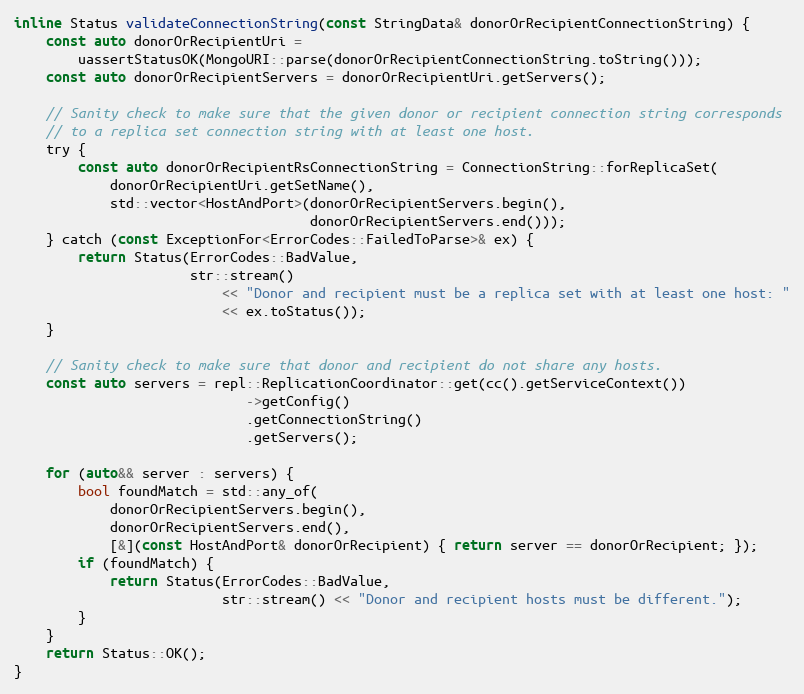
Language: C
inline Status validateConnectionString(const StringData& donorOrRecipientConnectionString) {
    const auto donorOrRecipientUri =
        uassertStatusOK(MongoURI::parse(donorOrRecipientConnectionString.toString()));
    const auto donorOrRecipientServers = donorOrRecipientUri.getServers();

    // Sanity check to make sure that the given donor or recipient connection string corresponds
    // to a replica set connection string with at least one host.
    try {
        const auto donorOrRecipientRsConnectionString = ConnectionString::forReplicaSet(
            donorOrRecipientUri.getSetName(),
            std::vector<HostAndPort>(donorOrRecipientServers.begin(),
                                     donorOrRecipientServers.end()));
    } catch (const ExceptionFor<ErrorCodes::FailedToParse>& ex) {
        return Status(ErrorCodes::BadValue,
                      str::stream()
                          << "Donor and recipient must be a replica set with at least one host: "
                          << ex.toStatus());
    }

    // Sanity check to make sure that donor and recipient do not share any hosts.
    const auto servers = repl::ReplicationCoordinator::get(cc().getServiceContext())
                             ->getConfig()
                             .getConnectionString()
                             .getServers();

    for (auto&& server : servers) {
        bool foundMatch = std::any_of(
            donorOrRecipientServers.begin(),
            donorOrRecipientServers.end(),
            [&](const HostAndPort& donorOrRecipient) { return server == donorOrRecipient; });
        if (foundMatch) {
            return Status(ErrorCodes::BadValue,
                          str::stream() << "Donor and recipient hosts must be different.");
        }
    }
    return Status::OK();
}